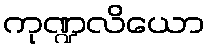
ကုဏ္ဍလိယော